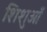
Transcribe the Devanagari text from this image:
शिशुओँ